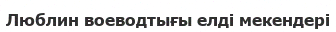
Люблин воеводтығы елді мекендері